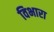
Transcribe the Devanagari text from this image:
विभारा